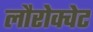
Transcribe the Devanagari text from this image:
लौरोक्वेट